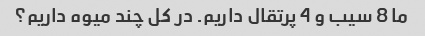
ما 8 سیب و 4 پرتقال داریم. در کل چند میوه داریم؟